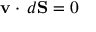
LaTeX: \ \ \ \mathbf { v } \cdot \, d \mathbf { S } = 0